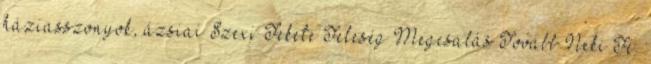
háziasszonyok, ázsiai Szexi Fekete Feleség Megcsalás Tovább Neki Fé.